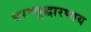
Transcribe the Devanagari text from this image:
धरण्युद्धारणाय